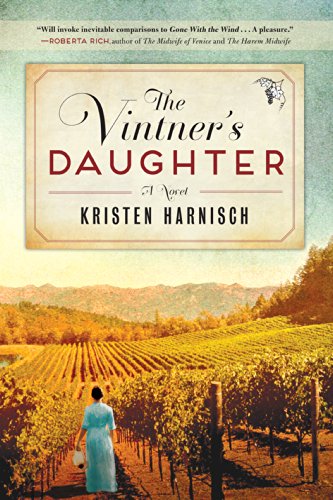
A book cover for Vintner's Daughter: A Novel; Kristen Harnisch; Romance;